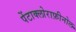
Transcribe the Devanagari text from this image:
पेंटाक्लोराफ़ीनोल